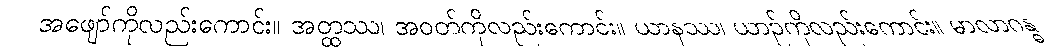
အဖျော်ကိုလည်းကောင်း။ အတ္ထဿ၊ အဝတ်ကိုလည်းကောင်း။ ယာနဿ၊ ယာဉ်ကိုလည်းကောင်း။ မာလာဂန္ဓ